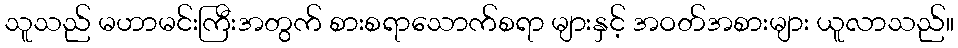
သူသည် မဟာမင်းကြီးအတွက် စားစရာသောက်စရာ များနှင့် အဝတ်အစားများ ယူလာသည်။